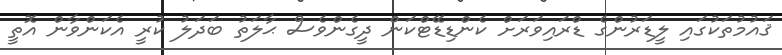
ޤައުމުތަކުގައި ލީޑަރުންގެ ޑްރައިވަރަށް ކެންޑިޑޭޓްކަން ދީގެންވެސް ޙާލަތު ބަދަލު ކުރީ އެކަންވާން އޮތީ